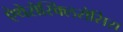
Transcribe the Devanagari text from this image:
ऐथेरोस्क्लिरोसिस